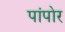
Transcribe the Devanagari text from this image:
पांपोर